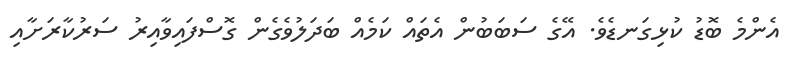
އެންމެ ބޮޑު ކުޅިގަނޑެވެ. އޭގެ ސަބަބުން އެތައް ކަމެއް ބަދަލުވެގެން ގޮސްފައިވާއިރު ސަރުކާރަށާއި